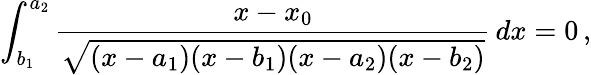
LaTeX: \int_{b_{1}}^{a_{2}}\frac{x-x_{0}}{\sqrt{(x-a_{1})(x-b_{1})(x-a_{2})(x-b_{2})}}\, dx=0\, ,